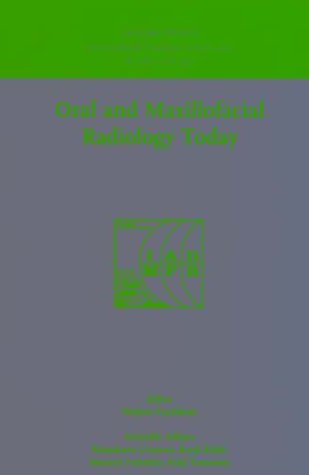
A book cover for Oral & Maxillofacial Radiology Today: Proc. of 12th Int'l Icdr Congress Osada, Japan June 1999 (International Congress Series); Hajime Fuchihata; Medical Books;